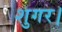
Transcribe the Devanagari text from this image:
शुगर।